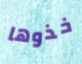
خذوها